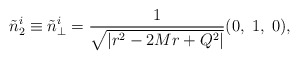
\begin{align*}\tilde{n}^{i}_2\equiv\tilde{n}^{i}_\perp=\frac{1}{\sqrt{|r^2-2Mr+Q^2|}}(0,\;1,\;0),\end{align*}